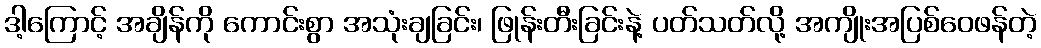
ဒါ့ကြောင့် အချိန်ကို ကောင်းစွာ အသုံးချခြင်း၊ ဖြုန်းတီးခြင်းနဲ့ ပတ်သတ်လို့ အကျိုးအပြစ်ဝေဖန်တဲ့